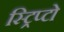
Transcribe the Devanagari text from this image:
स्ट्रिप्टो